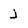
Character: j